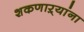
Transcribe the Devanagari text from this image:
शकणाऱ्यांना